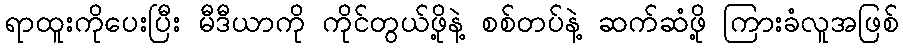
ရာထူးကိုပေးပြီး မီဒီယာကို ကိုင်တွယ်ဖို့နဲ့ စစ်တပ်နဲ့ ဆက်ဆံဖို့ ကြားခံလူအဖြစ်